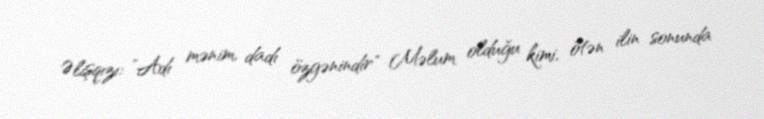
Əlişqızı: ”Adı mənim, dadı özgənindir" Məlum olduğu kimi, ötən ilin sonunda